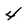
Character: 4